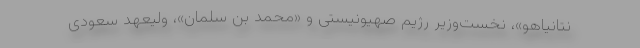
نتانیاهو»، نخست‌وزیر رژیم صهیونیستی و «محمد بن سلمان»، ولیعهد سعودی